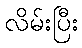
လိမ်းပြီး